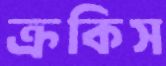
ক্রকিস